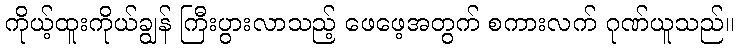
ကိုယ့်ထူးကိုယ်ချွန် ကြီးပွားလာသည့် ဖေဖေ့အတွက် စကားလက် ဂုဏ်ယူသည်။